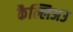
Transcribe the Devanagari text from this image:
कैल्लिअउ